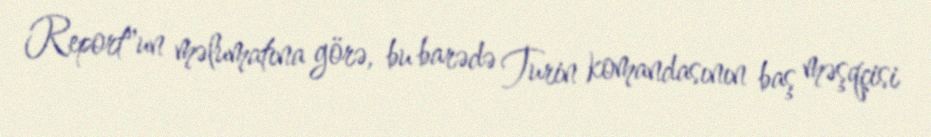
Report"un məlumatına görə, bu barədə Turin komandasının baş məşqçisi